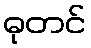
ဓုတင်